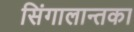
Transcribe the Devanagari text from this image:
सिंगालान्तका